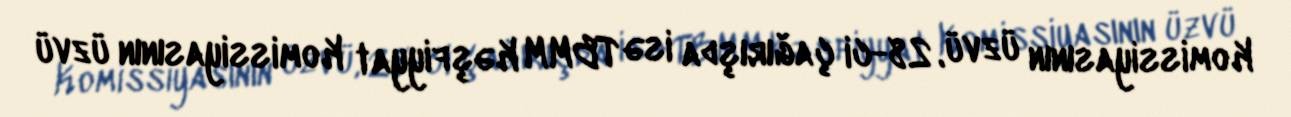
Komissiyasının üzvü, 28-ci çağırışda isə TBMM Kəşfiyyat Komissiyasının üzvü